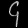
Digit: ၄